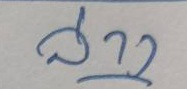
ล่าง